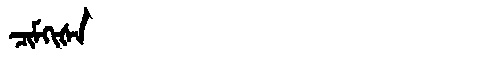
Manchu: ᠴᡳᠮᡴᡳᡧᠠ
Romanization: CIMKIŠA